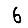
Digit: 6